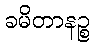
ခမိတာနဉ္စ